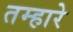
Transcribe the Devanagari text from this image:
तम्हारे